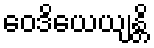
ဝေဒိယေယျန္တိ